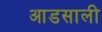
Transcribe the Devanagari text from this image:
आडसाली